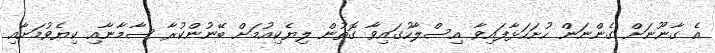
އެ ގާނޫނަށް ގެންނަން ހުށަހަޅާފައިވާ އިސްލާހުގައިވާ ގޮތުން ލިޔެކިއުމަށް ބޭނުންކުރާ ސާމާނާއި ކިޔެވުމަށާއި